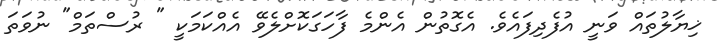
ޚިޔާލުތައް ވަނީ އުފެދިފައެވެ. އެގޮތުން އެންމެ ފާހަގަކޮށްލެވޭ އެއްކަމަކީ " ރުސްތަމް" ނުވަތަ